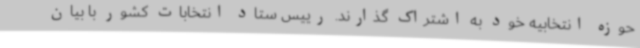
حوزه انتخابیه خود به اشتراک گذارند. رییس ستاد انتخابات کشور با بیان